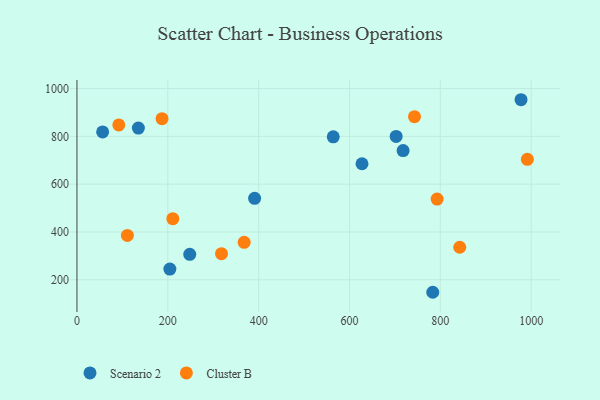
{"axis": {"x": "Speed", "y": "Exam Score"}, "legend": ["Cluster B", "Scenario 2"], "data": [{"x": "627.5", "y": 685.4, "type": "Scenario 2"}, {"x": "718.0", "y": 740.5, "type": "Scenario 2"}, {"x": "977.6", "y": 953.3, "type": "Scenario 2"}, {"x": "248.3", "y": 306.6, "type": "Scenario 2"}, {"x": "135.2", "y": 834.5, "type": "Scenario 2"}, {"x": "702.7", "y": 799.7, "type": "Scenario 2"}, {"x": "56.5", "y": 818.5, "type": "Scenario 2"}, {"x": "391.1", "y": 540.9, "type": "Scenario 2"}, {"x": "204.5", "y": 244.8, "type": "Scenario 2"}, {"x": "783.3", "y": 147.6, "type": "Scenario 2"}, {"x": "564.2", "y": 797.9, "type": "Scenario 2"}, {"x": "368.1", "y": 356.8, "type": "Cluster B"}, {"x": "211.0", "y": 455.7, "type": "Cluster B"}, {"x": "318.2", "y": 309.0, "type": "Cluster B"}, {"x": "842.7", "y": 336.1, "type": "Cluster B"}, {"x": "991.6", "y": 704.0, "type": "Cluster B"}, {"x": "111.0", "y": 385.4, "type": "Cluster B"}, {"x": "743.1", "y": 882.4, "type": "Cluster B"}, {"x": "92.1", "y": 847.8, "type": "Cluster B"}, {"x": "792.9", "y": 537.5, "type": "Cluster B"}, {"x": "187.3", "y": 874.1, "type": "Cluster B"}]}